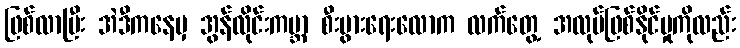
ဖြစ်လာပြီး အဲဒီကနေမှ အွန်လိုင်းကမ္ဘာ စီးပွားရေးလောက လက်တွေ့ အလုပ်ဖြစ်နိုင်မှုကိုလည်း